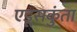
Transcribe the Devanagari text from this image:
एडूसकुंता